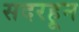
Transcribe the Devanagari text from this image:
सदरहून